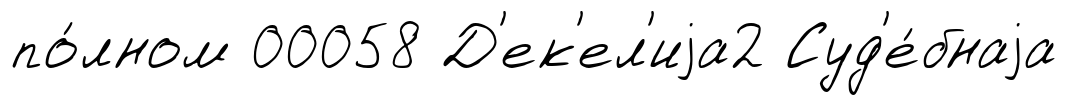
по́лном 00058 Д'ек'ел'иjа2 Суд'е́бнаjа